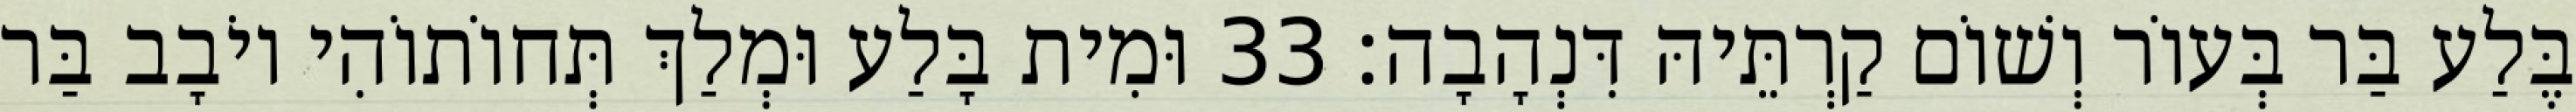
בֶּלַע בַּר בְּעוֹר וְשׁוֹם קַרְתֵּיהּ דִּנְהָבָה׃ 33 וּמִית בָּלַע וּמְלַךְ תְּחוֹתוֹהִי יוֹבָב בַּר